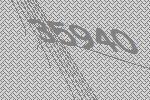
35940